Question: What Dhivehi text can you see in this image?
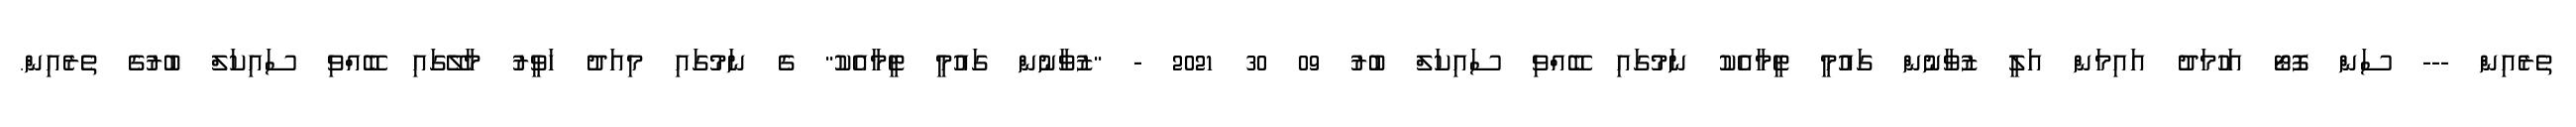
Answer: ތެރެއިން --- ސަން ފޮޓޯ އަހުމަދު އައިމަން އަލީ ޒުވާނުން ގައުމީ ޓީމާއެކު ނަމުގައި ބޭއްވި ސައިކަލް ބުރު 09 30 2021 - "ޒުވާނުން ގައުމީ ޓީމާއެކު" ގެ ނަމުގައި މިއަދު ހަވީރު މާލޭގައި ބޭއްވި ސައިކަލް ބުރުގެ ތެރެއިން.